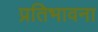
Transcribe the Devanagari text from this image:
प्रतिभावना